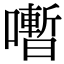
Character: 𡃞